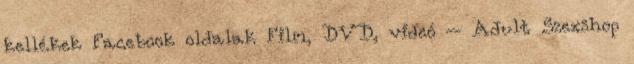
kellékek Facebook oldalak Film, DVD, videó – Adult Szexshop